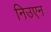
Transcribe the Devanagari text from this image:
निउएन